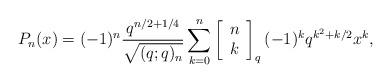
LaTeX: \begin{align*}P_{n}(x)=(-1)^{n} \frac{q^{n / 2+1 / 4}}{\sqrt{(q ; q)_{n}}} \sum_{k=0}^{n}\left[\begin{array}{l}n \\k\end{array}\right]_{q}(-1)^{k} q^{k^{2}+k / 2} x^{k},\end{align*}